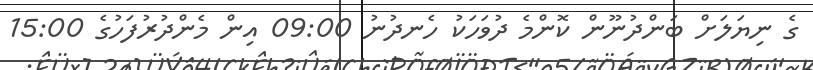
ގެ ނިޔަލަށް ބަންދުނޫން ކޮންމެ ދުވަހަކު ހެނދުނު 09:00 އިން މެންދުރުފަހުގެ 15:00